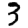
Digit: 3